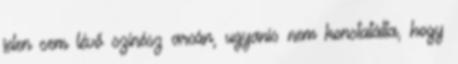
jelen sem lévő színész arcán, ugyanis nem konstatálta, hogy